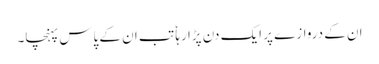
ان کے دروازے پر ایک دن پڑا رہا ٗ تب ان کے پاس پہنچا۔